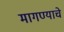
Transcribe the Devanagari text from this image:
मागण्याचे